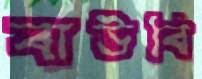
বাউবি